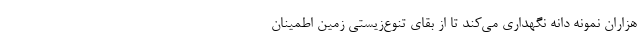
هزاران نمونه دانه نگهداری می‌کند تا از بقای تنوع‌زیستی زمین اطمینان